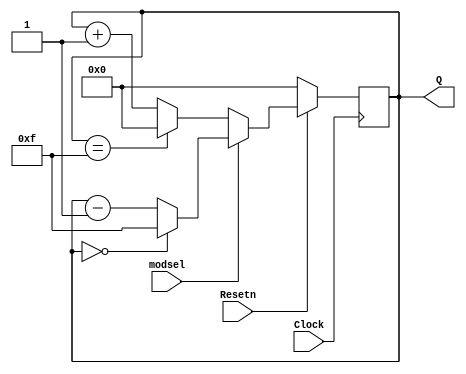
`timescale 1ns / 1ps

module univ_counter(
Resetn,Clock,Q,modsel
    );
input Resetn,Clock,modsel;
output[3:0] Q;
reg [3:0] Q;
always@(posedge Clock)
if (!Resetn)
Q <= 0;
else if (modsel == 0)
begin
if (Q == 4'b1111)
Q <= 4'b0000;
else
Q <= Q + 1;
end

else
begin
if (Q == 4'b0000)
Q <= 4'b1111;
else
Q <= Q - 1;
end     
endmodule